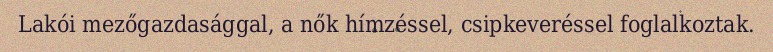
Lakói mezőgazdasággal, a nők hímzéssel, csipkeveréssel foglalkoztak.